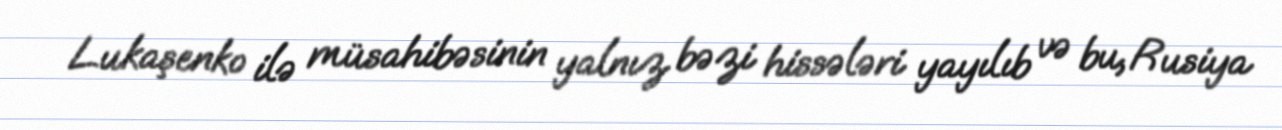
Lukaşenko ilə müsahibəsinin yalnız bəzi hissələri yayılıb və bu, Rusiya